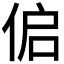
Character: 𰂌